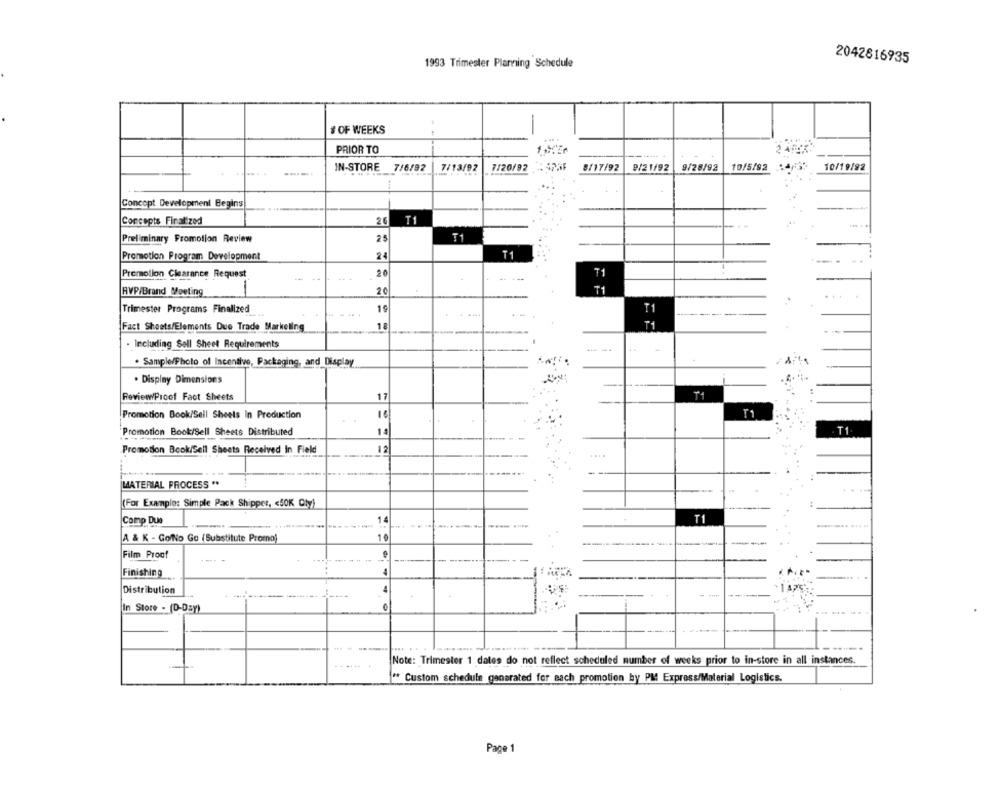
1993 Trimester Planning Schedule
2042816935
# OF WEEKS
... .
PRIOR TO
IN-STORE
7/6/92
7/13/92
7/20/92
8/17/92
9/21/92
9/28/92
10/5/92
10/19/92
Concept Development Begins
Concepts Finalized
26
T
25
Preliminary Promotion Review
Promotion Program Development
24
T1
. .
Promotion Clearance Request
20
T1
RVP/Brand Moeting
20
T1
19
T1
Trimester Programs Finalized
-4484
18
T1
Fact Sheets/Elements Due Trade Marketing
- Including Sell Sheet Requirements
. Sample/Photo of Incentive, Packaging, and Display
. Dispiny Dimensions
ReviewProof Fact Sheets
Promotion Book/Sell Sheets In Production
Promotion Book/Sell Sheets Distributed
14
. T1
Promotion Book/Sell Sheets Received In Field
2
MATERIAL PROCESS **
(For Example: Simple Pack Shipper, < 50K Cly)
Comp Due
14
T1
A & K - Go/No Go (Substitute Promo)
10
---
Film Proof
Finishing
Distribution
In Store - (D-Day)
-
Note: Trimester 1 dates do not reflect scheduled number of weeks prior to in-store in all instances.
Custom schedule generated for each promotion by PM Express/Material Logistics.
Page 1